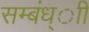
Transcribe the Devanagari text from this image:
सम्बंध्ाी